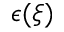
\epsilon ( \xi )